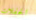
الحفلات